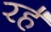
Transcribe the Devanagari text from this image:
रह॓